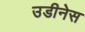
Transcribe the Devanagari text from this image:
उडीनेस